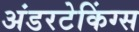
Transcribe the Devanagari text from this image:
अंडरटेकिंग्स